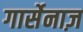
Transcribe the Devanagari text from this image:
गार्सेनाज़